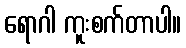
ရောဂါ ကူးစက်တာပါ။